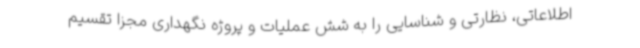
اطلاعاتی، نظارتی و شناسایی را به شش عملیات و پروژه نگهداری مجزا تقسیم